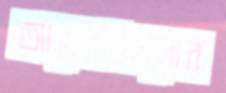
আবেদনগুলোর